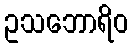
ဥသဘောရိဝ